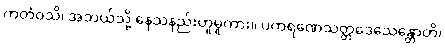
ကတံဝသိ၊ အဘယ်သို့ နေသနည်းဟူမူကား။ ပကရဏေသတ္တဒေသေန္တောတိ၊